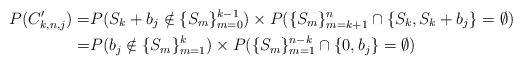
LaTeX: \begin{align*}P(C'_{k,n,j})=&P(S_k+b_j\notin\{S_m\}_{m=0}^{k-1})\times P(\{S_m\}_{m=k+1}^{n}\cap \{S_k,S_k+b_j\} = \emptyset)\\=&P(b_j\notin\{S_m\}_{m=1}^{k})\times P(\{S_m\}_{m=1}^{n-k}\cap \{0,b_j\} = \emptyset) \end{align*}